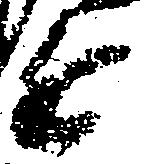
近